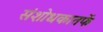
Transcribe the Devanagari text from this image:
संशोधकातर्फे